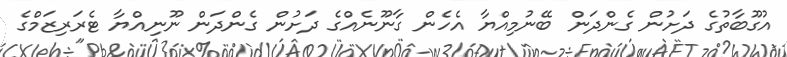
އުގޫބާތުގެ ދަށުން ގެންދަން ބޭނުމިއްޔާ އެހެން ގާނޫނެއްގެ ދަށުން ގެންދަން ނޫނިއްޔާ ޓެރަރިޒަމްގެ